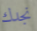
نجدك